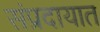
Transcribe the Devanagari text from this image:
संंप्रदायात